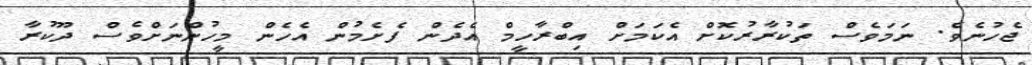
ޖެހުނެވެ. ނަމަވެސް ތަކުރާރުކޮށް އެކަމަށް އިބްރާހީމް އެދެން ފެށެމުން އެހެން މީހުންނަށްވެސް ދޫކުރާ